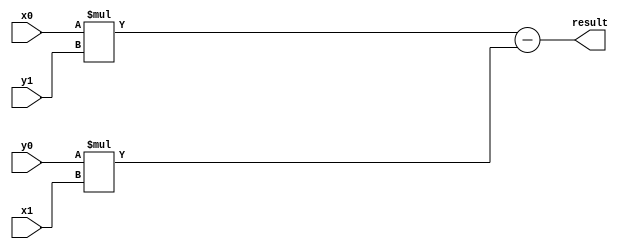
module cross_calculator(
						x0,
						y0,
						x1,
						y1,
						result
);

input signed  [10:0] x0;
input signed  [10:0] y0;
input signed  [10:0] x1;
input signed  [10:0] y1;

output signed [22:0] result;
wire   signed [21:0] Minute; 
wire   signed [21:0] Minus;

assign Minute=$signed(x0)*$signed(y1);
assign Minus =$signed(y0)*$signed(x1);
assign result=$signed(Minute)-$signed(Minus);
endmodule